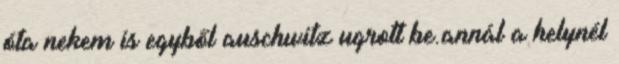
óta nekem is egyből auschwitz ugrott be.annál a helynél